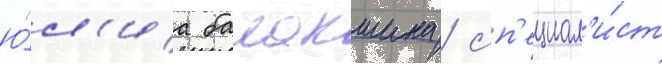
ю́л'иа балакшина / сп'ециал'и́ст